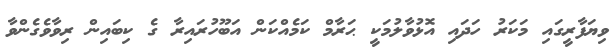
ވިޔަފާރީގައި މަކަރު ހަދައި އޮޅުވާލުމަކީ ޙަރާމް ކަމެއްކަން އަބޫހުރައިރާ ގެ ކިބައިން ރިވާވެގެންވާ